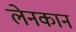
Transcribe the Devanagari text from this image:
लेनकान